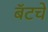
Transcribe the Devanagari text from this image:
बॅटचे